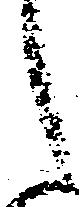
之